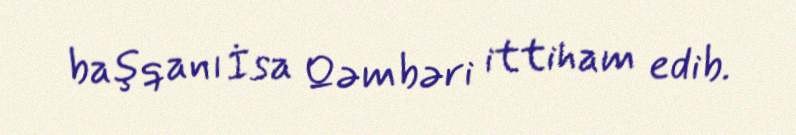
başqanı İsa Qəmbəri ittiham edib.